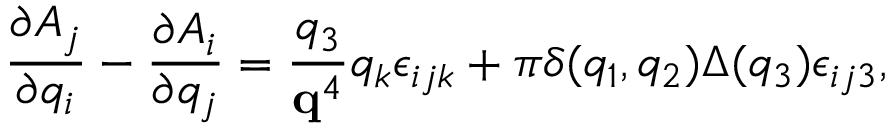
\frac { \partial A _ { j } } { \partial q _ { i } } - \frac { \partial A _ { i } } { \partial q _ { j } } = \frac { q _ { 3 } } { { \bf q } ^ { 4 } } q _ { k } \epsilon _ { i j k } + \pi \delta ( q _ { 1 } , q _ { 2 } ) \Delta ( q _ { 3 } ) \epsilon _ { i j 3 } ,